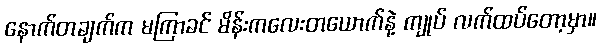
နောက်တချက်က မကြာခင် မိန်းကလေးတယောက်နဲ့ ကျုပ် လက်ထပ်တော့မှာ။